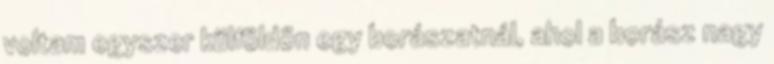
voltam egyszer külföldön egy borászatnál, ahol a borász nagy